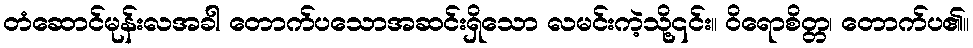
တံဆောင်မုန်းလအခါ တောက်ပသောအဆင်းရှိသော လမင်းကဲ့သို့၎င်း။ ဝိရောစိတ္တ၊ တောက်ပ၏။